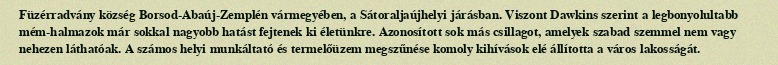
Füzérradvány község Borsod-Abaúj-Zemplén vármegyében, a Sátoraljaújhelyi járásban. Viszont Dawkins szerint a legbonyolultabb mém-halmazok már sokkal nagyobb hatást fejtenek ki életünkre. Azonosított sok más csillagot, amelyek szabad szemmel nem vagy nehezen láthatóak. A számos helyi munkáltató és termelőüzem megszűnése komoly kihívások elé állította a város lakosságát.